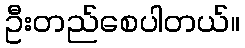
ဦးတည်စေပါတယ်။